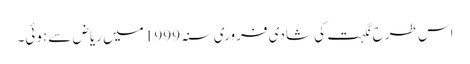
اس طرح نگہت کی شادی فروری سنہ 1999 میں ریاض سے ہوئی۔